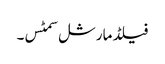
فیلڈ مارشل سمٹس۔